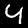
Label: 4